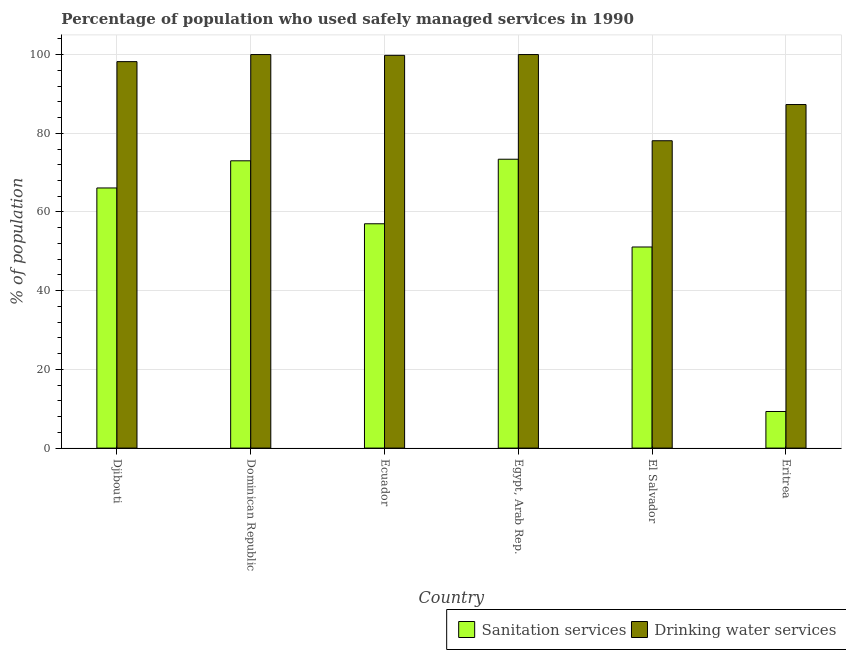
| Country | Sanitation services | Drinking water services |
 | --- | --- | --- |
 | Djibouti | 66.1 | 98.2 |
 | Dominican Republic | 73 | 100 |
 | Ecuador | 57 | 99.8 |
 | Egypt, Arab Rep. | 73.4 | 100 |
 | El Salvador | 51.1 | 78.1 |
 | Eritrea | 9.3 | 87.3 |